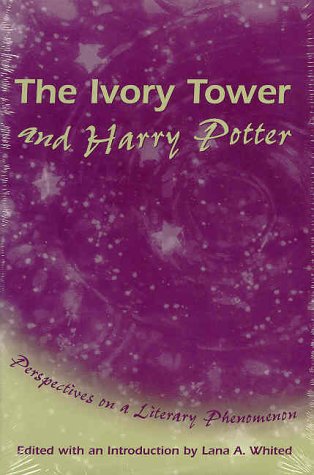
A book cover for The Ivory Tower and Harry Potter: Perspectives on a Literary Phenomenon; Science Fiction & Fantasy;